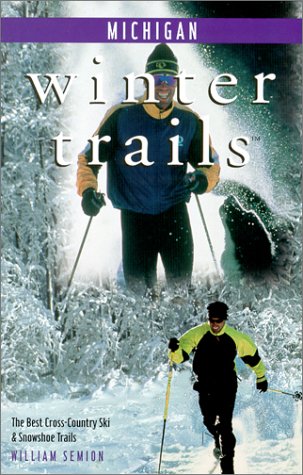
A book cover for Winter Trails Michigan: The Best Cross-Country Ski & Snowshoe Trails (Winter Trails Series); Bill Semion; Travel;